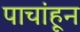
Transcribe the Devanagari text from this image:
पाचांहून